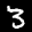
Label: 3